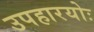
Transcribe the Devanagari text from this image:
उपहारयोः